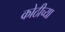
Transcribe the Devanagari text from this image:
कोठीच्या